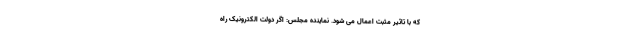
که با تاثیر مثبت اعمال می شود. نماینده مجلس: اگر دولت الکترونیک راه